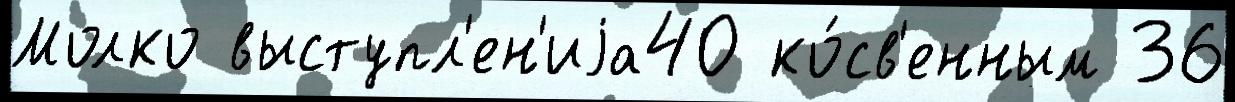
Молко выступл'ен'иjа40 ко́св'енным 36